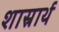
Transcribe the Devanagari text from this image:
शास्रार्थ